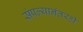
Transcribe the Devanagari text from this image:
संपल्यानंतरही